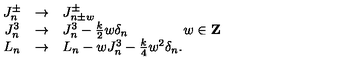
\begin{array} { c c l } { J _ { n } ^ { \pm } } & { \rightarrow } & { J _ { n \pm w } ^ { \pm } } \\ { J _ { n } ^ { 3 } } & { \rightarrow } & { J _ { n } ^ { 3 } - { \frac { k } { 2 } } w \delta _ { n } \qquad \qquad w \in { \bf Z } } \\ { L _ { n } } & { \rightarrow } & { L _ { n } - w J _ { n } ^ { 3 } - { \frac { k } { 4 } } w ^ { 2 } \delta _ { n } . } \\ \end{array}